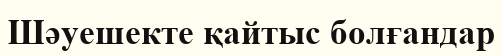
Шәуешекте қайтыс болғандар